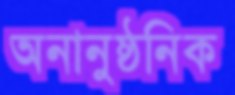
অনানুষ্ঠনিক